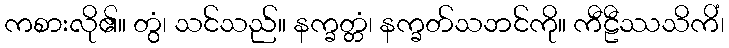
ကစားလို၏။ တွံ၊ သင်သည်။ နက္ခတ္တံ၊ နက္ခတ်သဘင်ကို။ ကီဠီဿသိကိံ၊